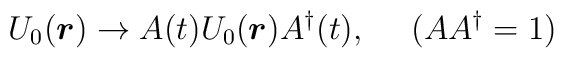
U_0(\mbox{\boldmath$r$}) \rightarrow A(t)U_0(\mbox{\boldmath$r$}) A^\dag(t), ~~~~(AA^\dag=1)